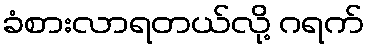
ခံစားလာရတယ်လို့ ဂရက်